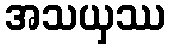
အသယှဿ